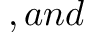
, a n d